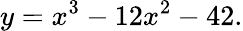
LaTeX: y=x^{3}-12x^{2}-42.